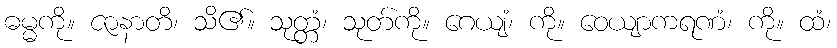
ဓမ္မကို။ ဇာနာတိ၊ သိ၏။ သုတ္တံ၊ သုတ်ကို။ ဂေယျံ၊ ကို။ ဝေယျာကရဏံ၊ ကို။ ထံ၊